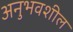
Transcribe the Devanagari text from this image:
अनुभवशील